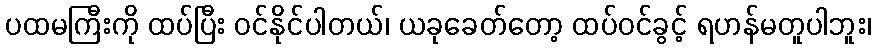
ပထမကြီးကို ထပ်ပြီး ဝင်နိုင်ပါတယ်၊ ယခုခေတ်တော့ ထပ်ဝင်ခွင့် ရဟန်မတူပါဘူး၊